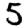
Digit: 5